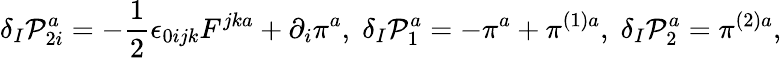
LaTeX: \delta_{I}\mathcal{P}_{2i}^{a}=-\frac{1}{2}\epsilon_{0ijk}F^{jka}+\partial_{i}\pi^{a},\; \delta_{I}\mathcal{P}_{1}^{a}=-\pi^{a}+\pi^{(1)a},\; \delta_{I}\mathcal{P}_{2}^{a}=\pi^{(2)a},